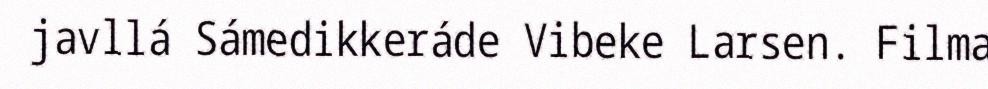
javllá Sámedikkeráde Vibeke Larsen. Filma